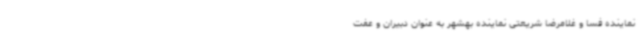
نماینده فسا و غلامرضا شریعتی نماینده بهشهر به عنوان دبیران و عفت